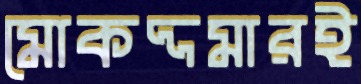
মোকদ্দমারই